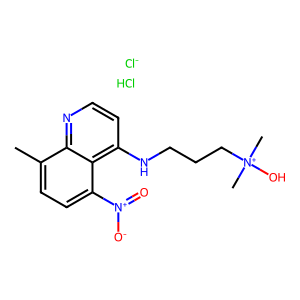
SMILES: Cc1ccc([N+](=O)[O-])c2c(NCCC[N+](C)(C)O)ccnc12.Cl.[Cl-]
Inhibits HIV replication: No